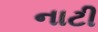
નાટી